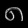
Digit: ၈